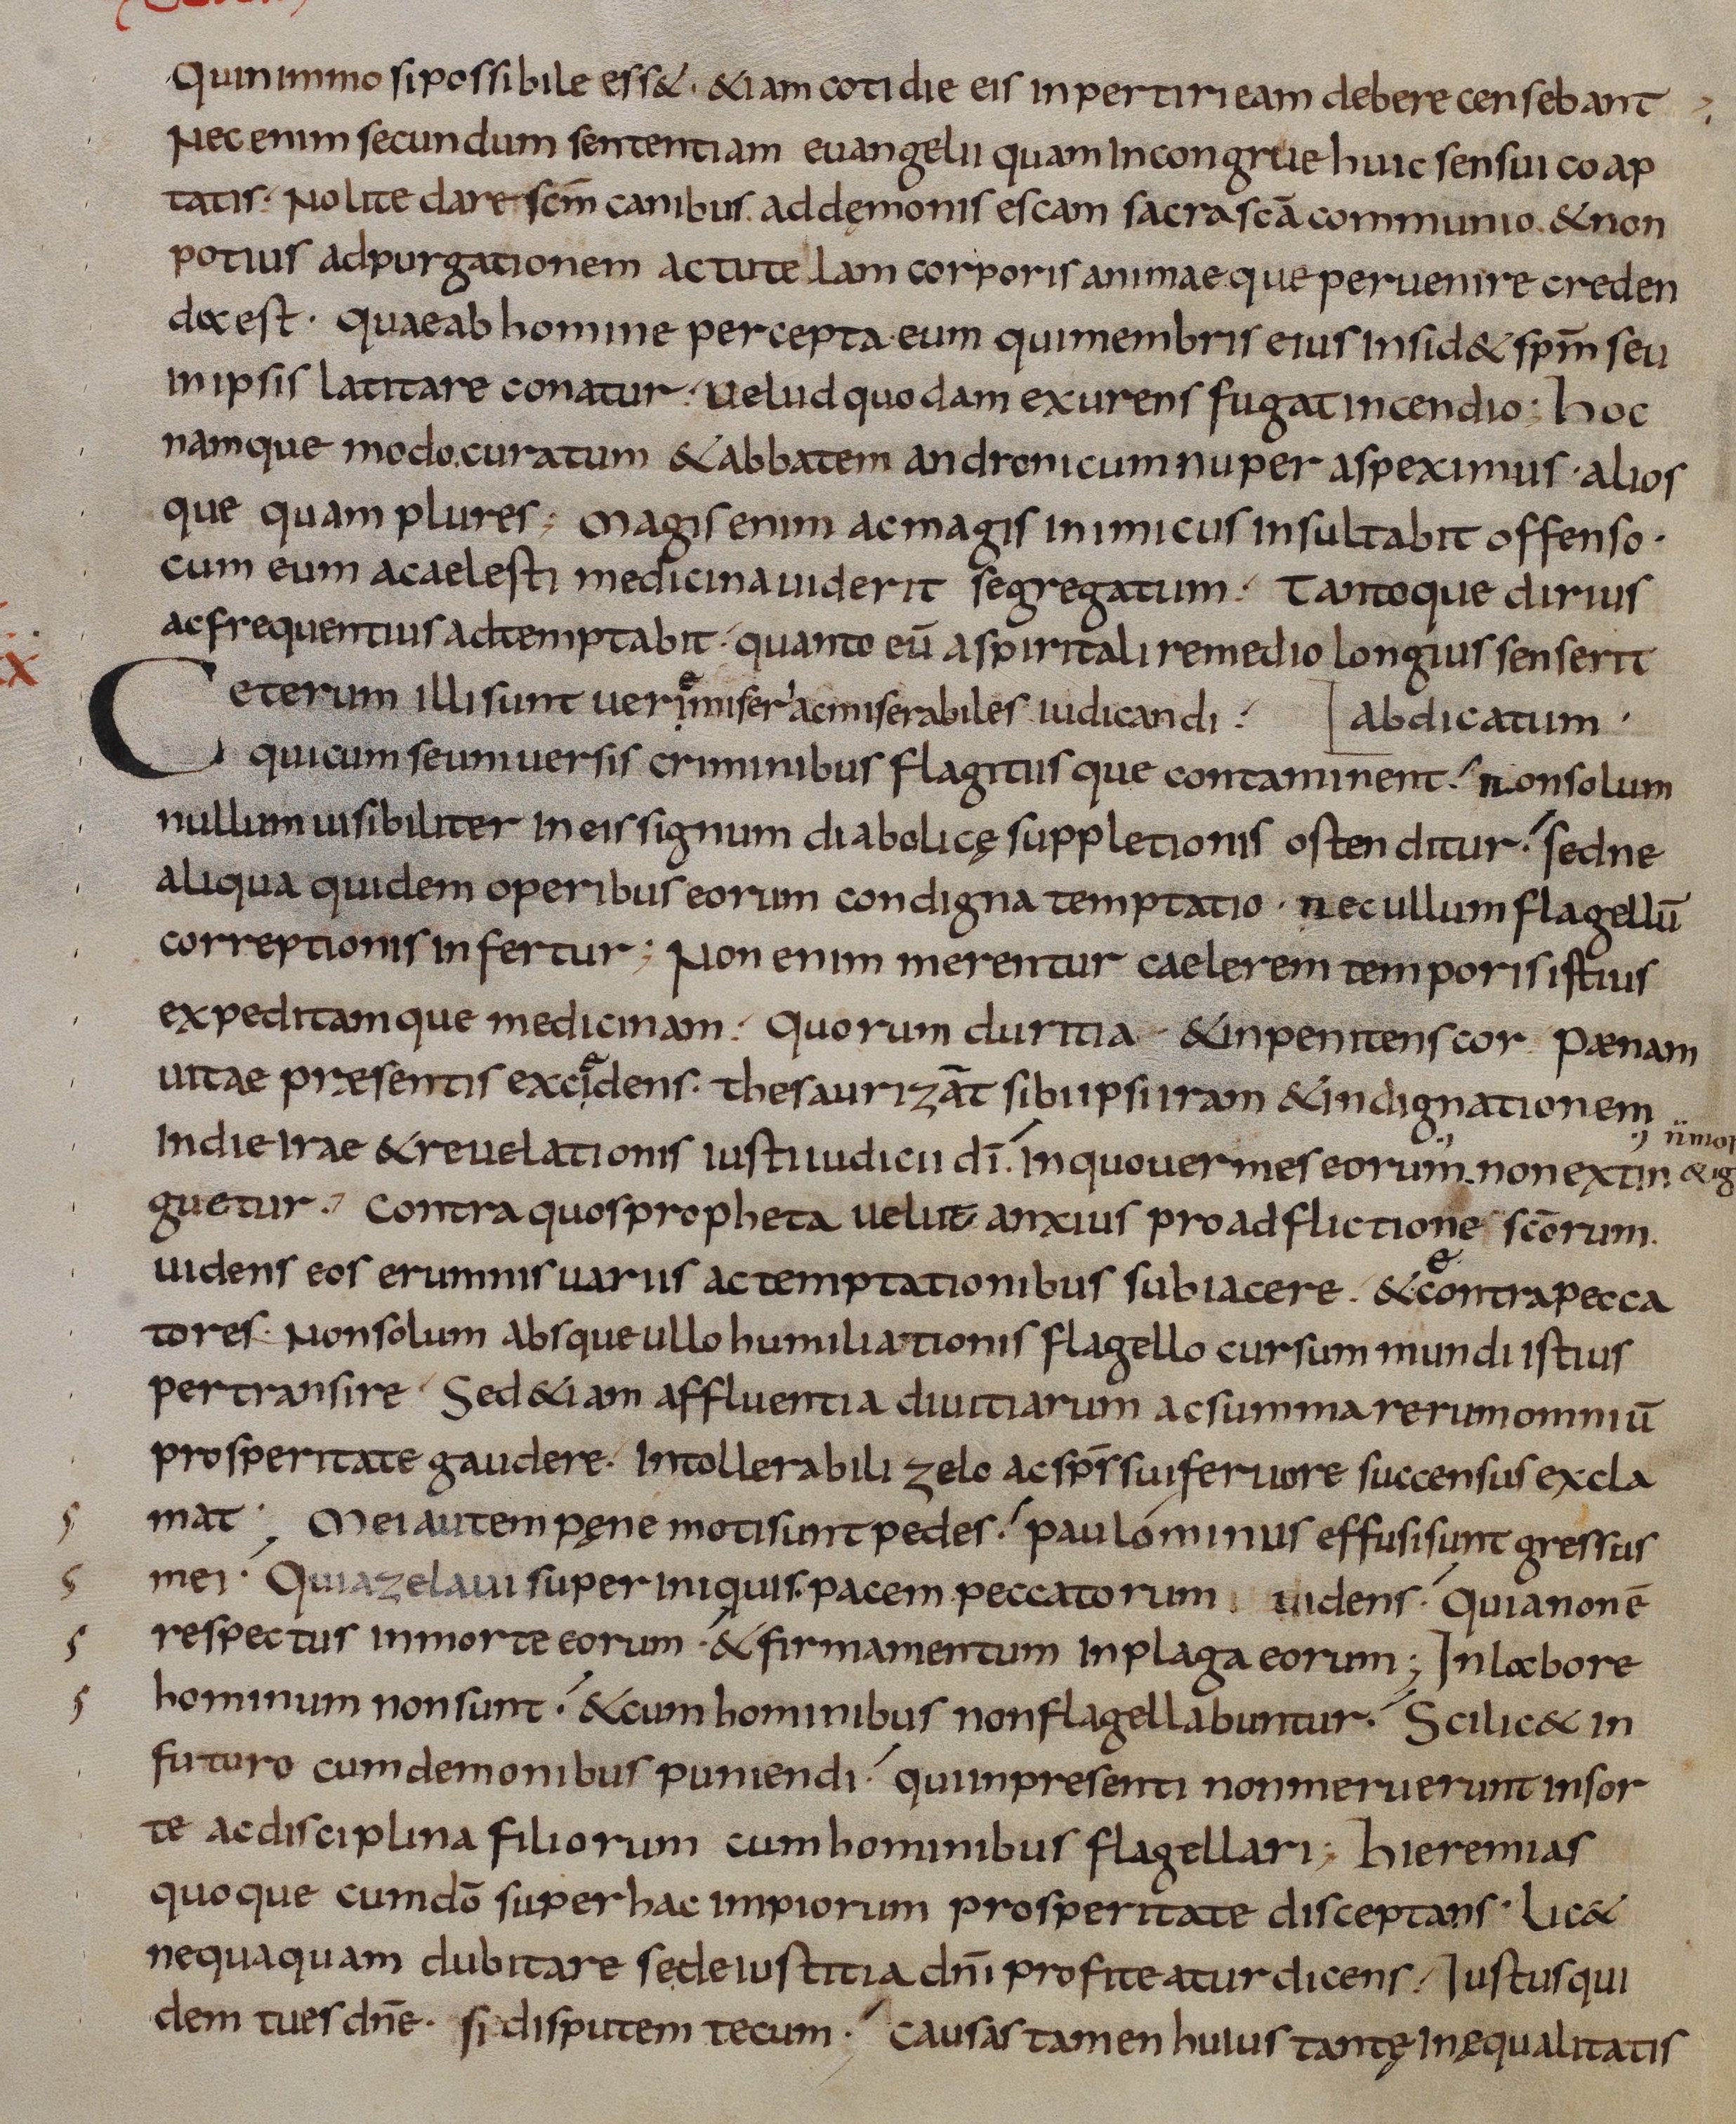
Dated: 833–865